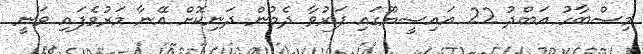
މިސްބާހު އަބްދު 22 އައިސީޔޫގައި ފަރުވާ ދެމުން ދަނިކޮށް އޭނާ މަރުވެފައި ވަނީ